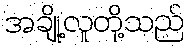
အချို့လူတို့သည်